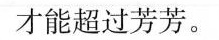
才能超过芳芳。